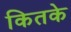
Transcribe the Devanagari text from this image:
कितके